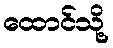
ထောင်သို့